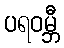
ပရဝမ္ဘီ